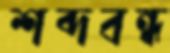
শব্দবন্ধ